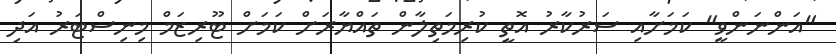
"އަންނަންވީ" ކަމަށާއި ސަރުކާރު އޮތީ ކުރިމަތިލާން ތައްޔާރަށް ކަމަށް ޓޫރިޒަމް މިނިސްޓަރު އަދި